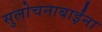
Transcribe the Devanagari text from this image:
सुलोचनाबाईंना